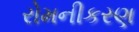
રોમનીકરણ